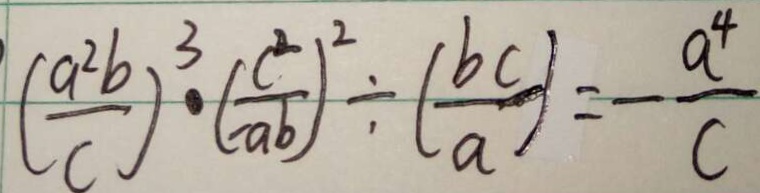
( \frac { a ^ { 2 } b } { c } ) ^ { 3 } \cdot ( \frac { c ^ { 2 } } { - a b } ) ^ { 2 } \div ( \frac { b c } { a } ) = - \frac { a ^ { 4 } } { c }